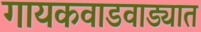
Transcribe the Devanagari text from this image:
गायकवाडवाड्यात